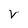
Character: V